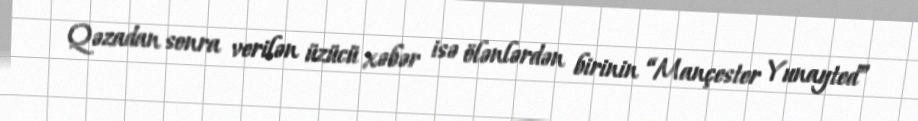
Qəzadan sonra verilən üzücü xəbər isə ölənlərdən birinin “Mançester Yunayted”